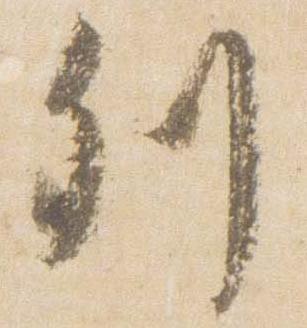
列